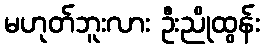
မဟုတ်ဘူးလား ဦးညိုထွန်း